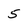
Character: 5